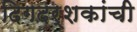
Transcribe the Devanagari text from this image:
दिगदर्शकांची